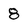
Character: 8